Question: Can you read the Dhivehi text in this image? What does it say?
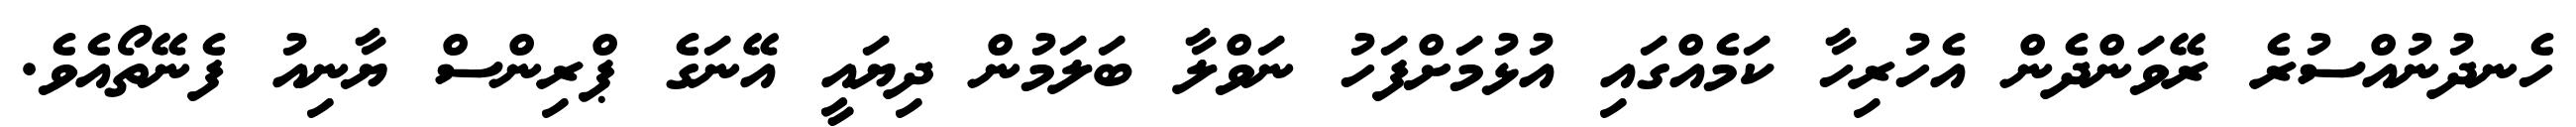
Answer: ހެނދުނުއްސުރެ ރޭވަންދެން އެހުރިހާ ކަމެއްގައި އުޅުމަށްފަހު ނަވްލާ ބަލަމުން ދިޔައީ އޭނަގެ ޕްރިންސް ޔާނިއު ފެނޭތޯއެވެ.